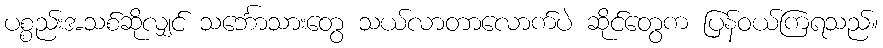
ပစ္စည်းအသစ်ဆိုလျှင် သင်္ဘောသားတွေ သယ်လာတာလောက်ပဲ ဆိုင်တွေက ပြန်ဝယ်ကြရသည်။